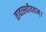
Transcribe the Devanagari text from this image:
तावत्स्थीयताम्।